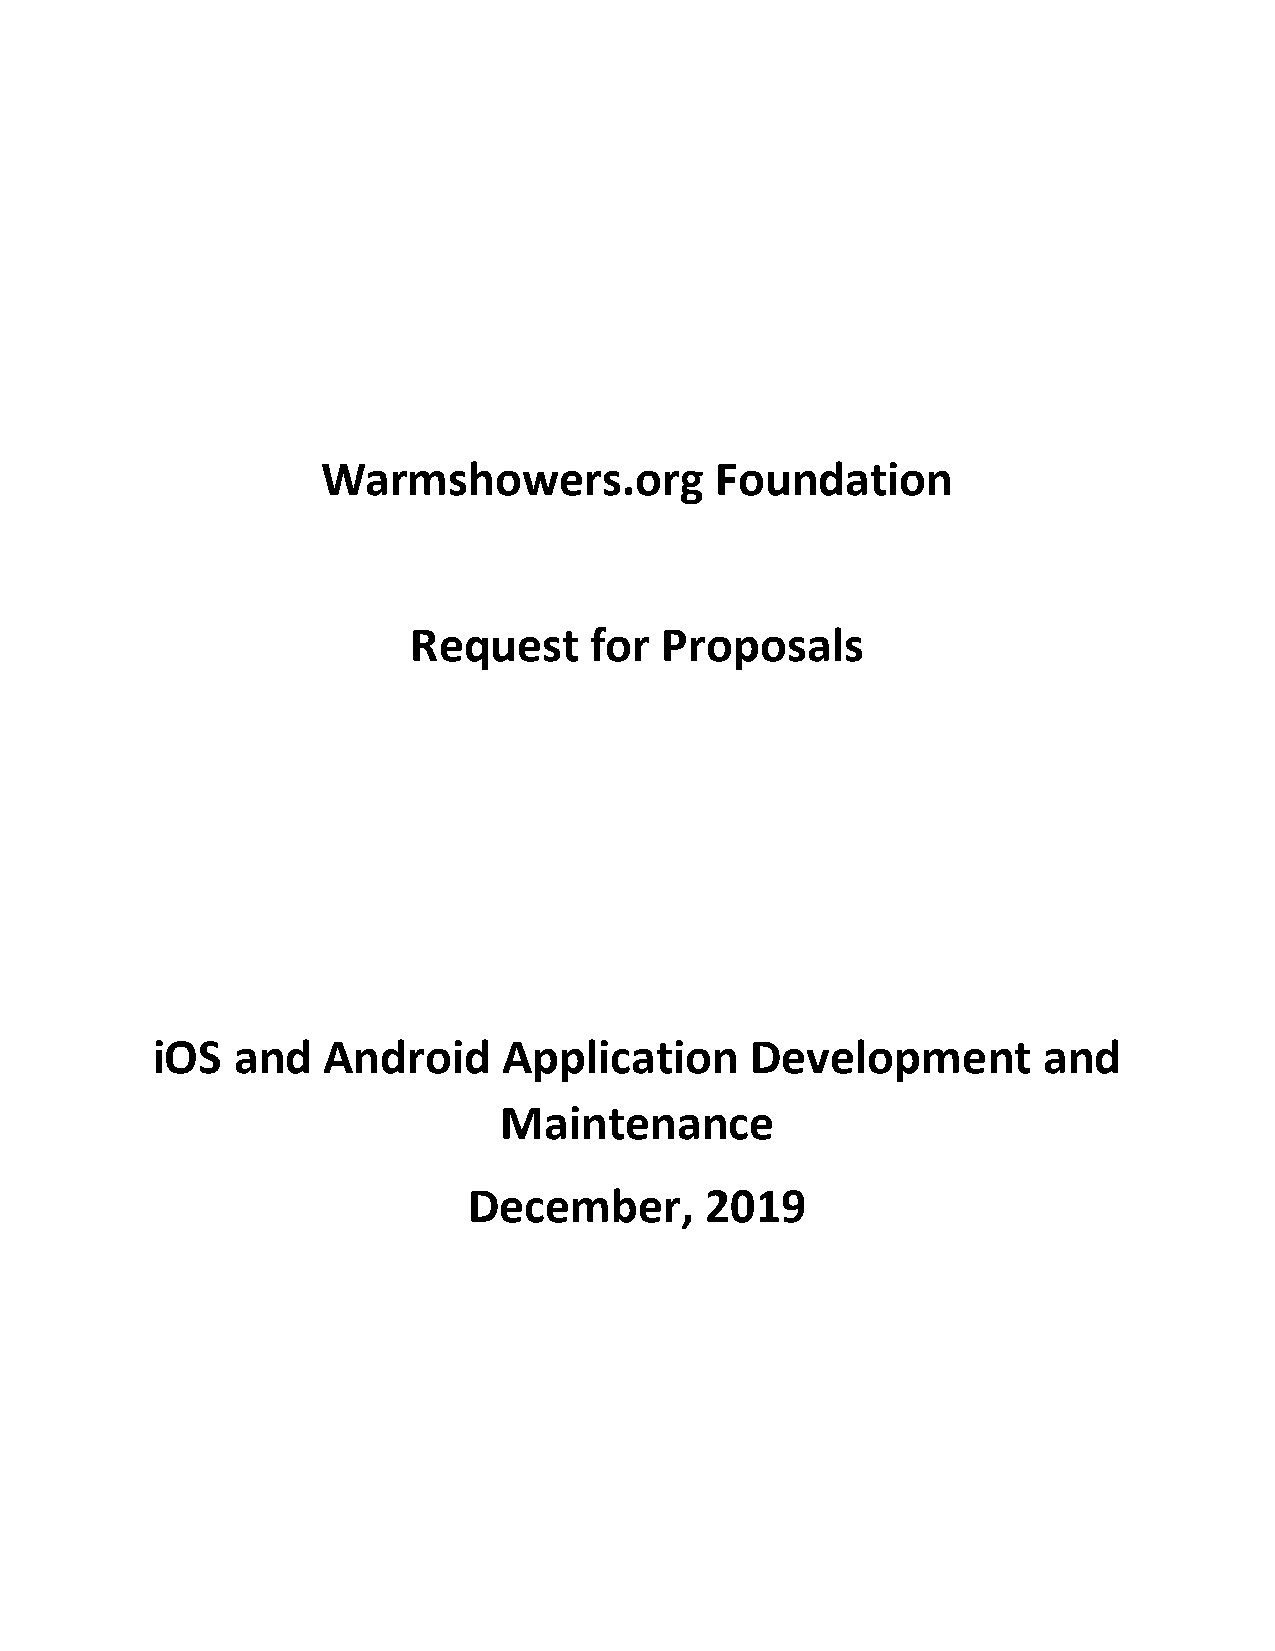
Warmshowers.org           Foundation
 Request     for  Proposals
 iOS  and   Android     Application      Development        and
 Maintenance
 December,       2019